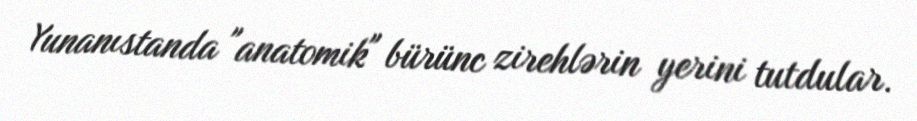
Yunanıstanda "anatomik" bürünc zirehlərin yerini tutdular.